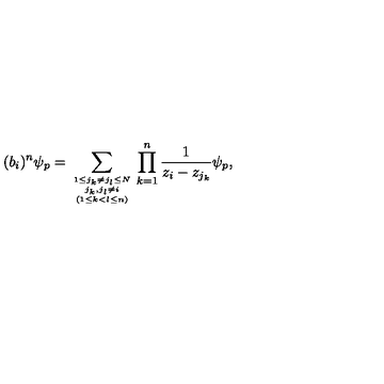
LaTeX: ( b _ { i } ) ^ { n } \psi _ { p } = \sum _ { { { 1 \leq j _ { k } \neq j _ { l } \leq N \atop j _ { k } , j _ { l } \neq i } \atop ( 1 \leq k < l \leq n ) } } \prod _ { k = 1 } ^ { n } \frac { 1 } { z _ { i } - z _ { j _ { k } } } \psi _ { p } ,